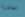
حفرة